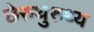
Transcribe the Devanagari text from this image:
छेरुथुरुथ्य